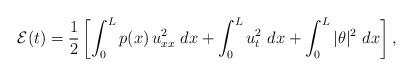
LaTeX: \begin{align*} \mathcal{E}(t) = \frac{1}{2} \left[\int_{0}^{L}p(x)\,u_{xx}^{2}\ dx + \int_{0}^{L}u_{t}^{2}\ dx +\int_{0}^{L}|\theta|^{2}\ dx \right],\end{align*}